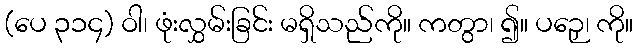
(ပေ ၃၁၄) ဝါ၊ ဖုံးလွှမ်းခြင်း မရှိသည်ကို။ ကတွာ၊ ၍။ ပဉှေ၊ ကို။